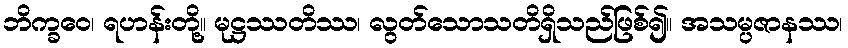
ဘိက္ခဝေ၊ ရဟန်းတို့။ မုဋ္ဌဿတိဿ၊ လွတ်သောသတိရှိသည်ဖြစ်၍။ အသမ္ပဇာနဿ၊